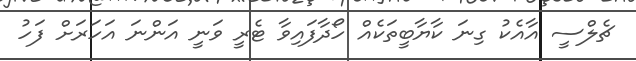
ޗެލްސީ އާއެކު ގިނަ ކާޔާބީތަކެއް ހޯދާފައިވާ ޓެރީ ވަނީ އަންނަ އަހަރަށް ފަހު